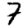
Digit: 7